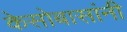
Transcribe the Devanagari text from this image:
केसोबासांनी